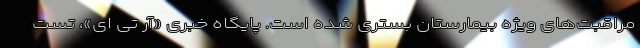
مراقبت‌های ویژه بیمارستان بستری شده است. پایگاه خبری «آر تی ای»، تست